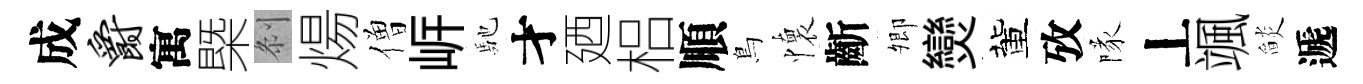
成爵寓槩𠛴煬僧㟁馳才廼梠順鳥懷齗𡖖𤓖董攷隊丄颯𦦨遞